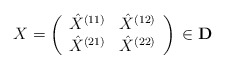
\begin{align*}X=\left(\begin{array}{cc}\hat X^{(11)}&\hat X^{(12)}\\\hat X^{(21)}&\hat X^{(22)}\end{array}\right)\,\in {\bf D}\end{align*}